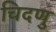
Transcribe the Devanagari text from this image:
चिदणु